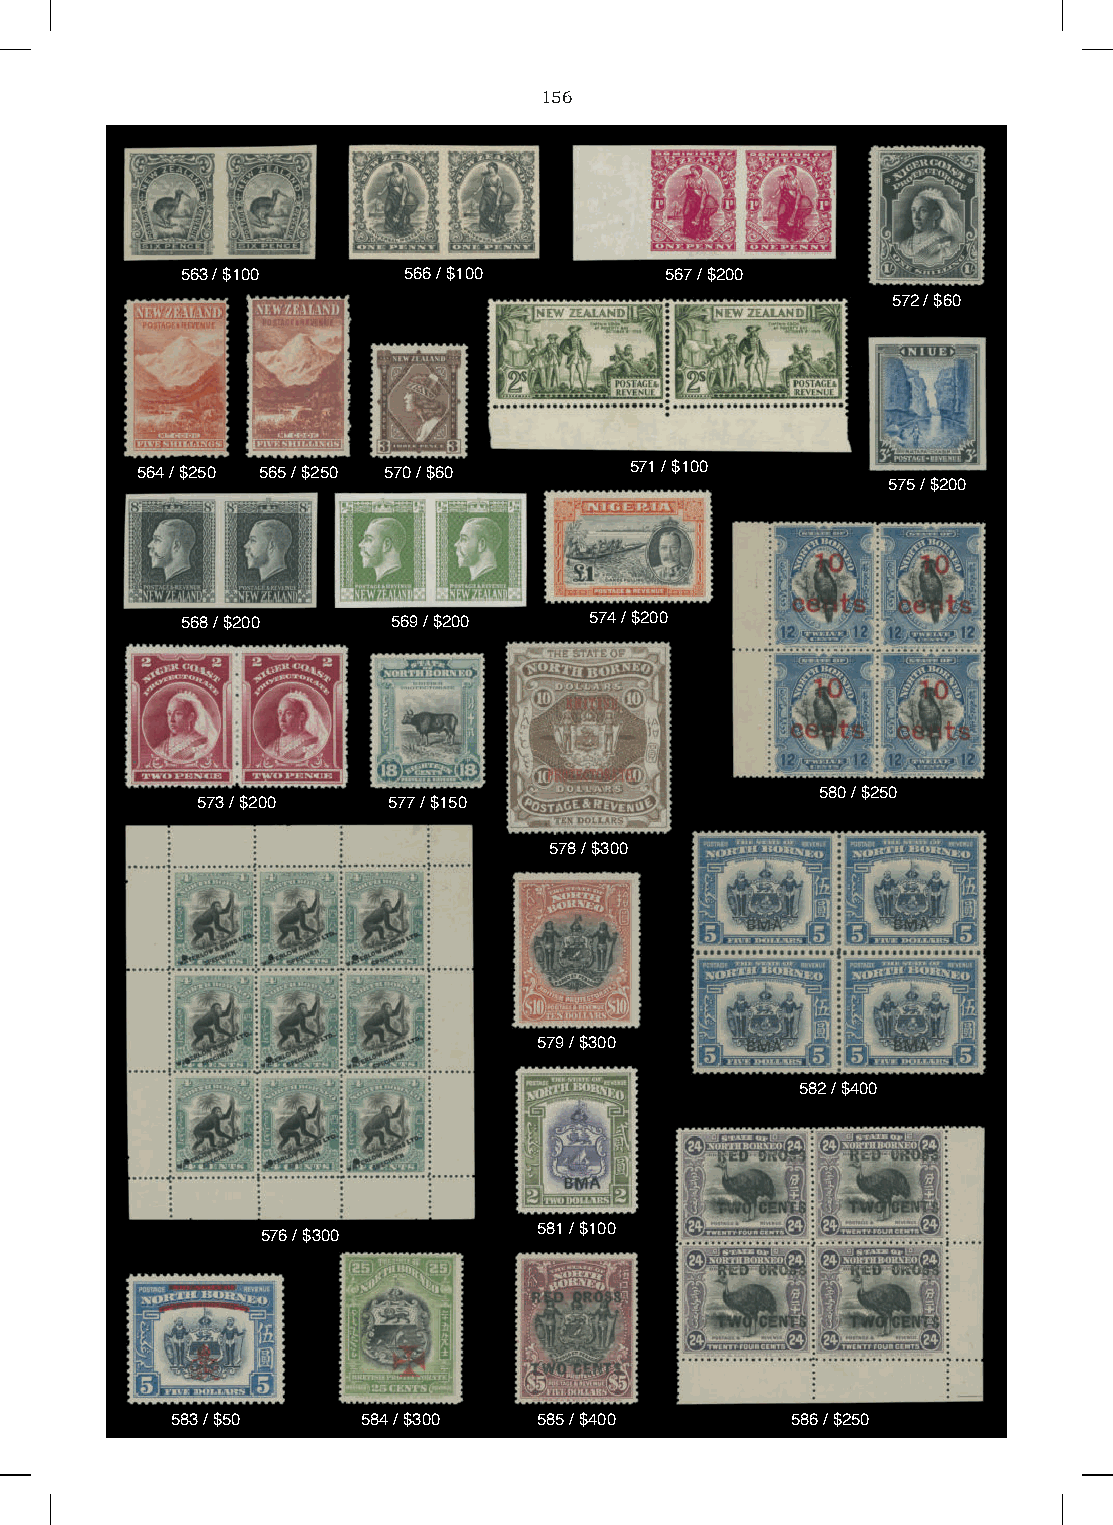
156
 563 / $100     566 / $100       567 / $200
 572 / $60
 571 / $100
 564 / $250 565 / $250 570 / $60
 575 / $200
 568 / $200    569 / $200   574 / $200
 580 / $250
 573 / $200   577 / $150
 578 / $300
 579 / $300
 582 / $400
 581 / $100
 576 / $300
 583 / $50    584 / $300  585 / $400      586 / $250